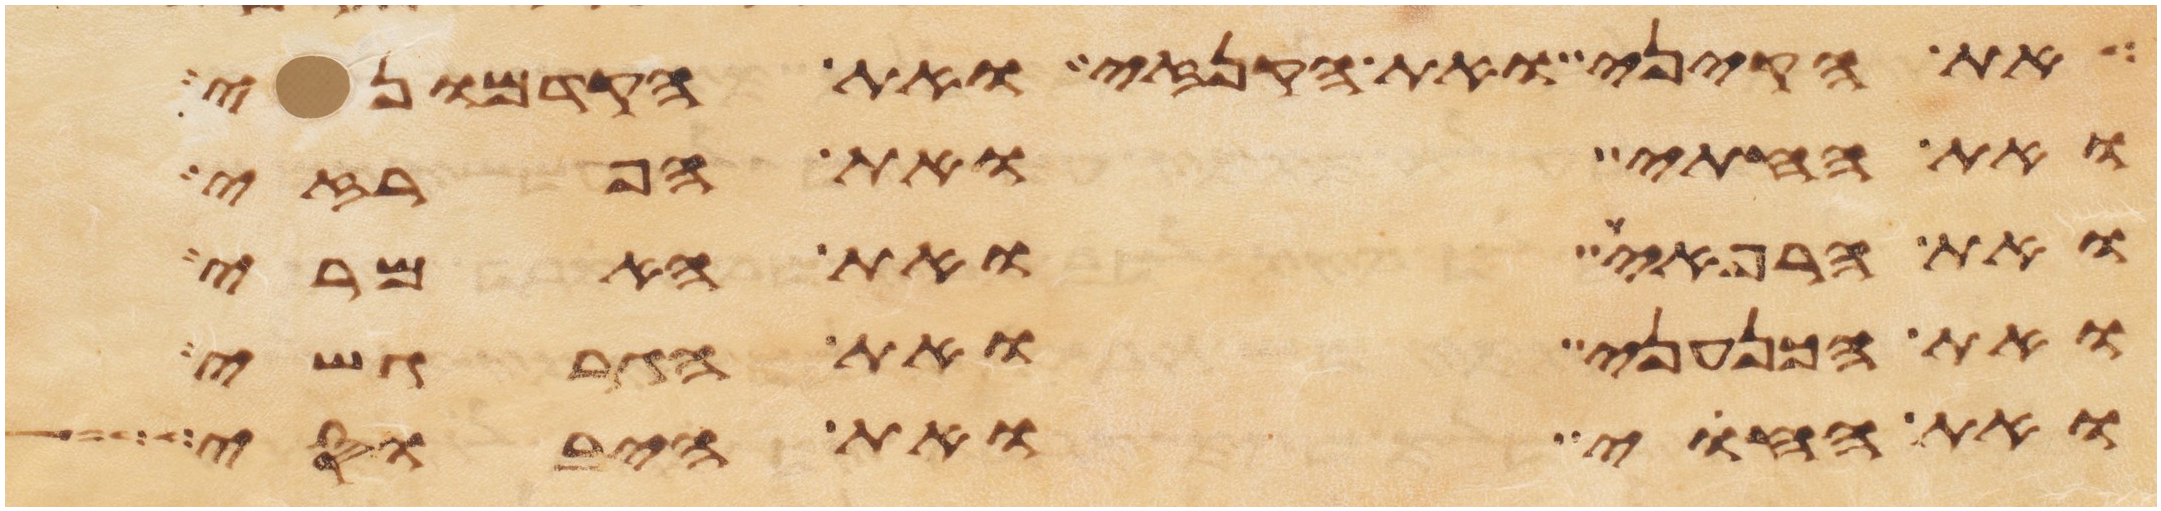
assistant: את הקיני ואת הקנזי ואת הקדמוני
ואת החתי ואת הפרזי
ואת הרפאים ואת האמרי
ואת הכנעני ואת הגרגשי
ואת החוי ואת היבוסי